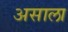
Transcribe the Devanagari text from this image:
असाला